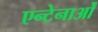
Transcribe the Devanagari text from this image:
एन्टेनाओं